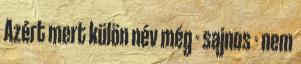
Azért mert külön név még - sajnos - nem